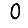
Digit: 0